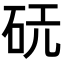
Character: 𪿔